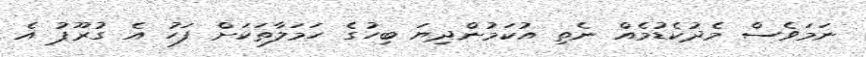
ނަމަވެސް މެދުކެޑުމެއް ނެތި އުކަމުންދިޔަ ބިހުގެ ހަމަލާތަކަށް ފަހު އެ ގުރޫޕު އެ